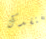
نفتقدك